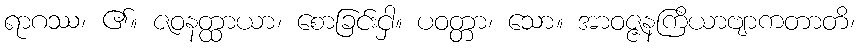
ရာဂဿ၊ ၏။ ဇဝနတ္ထာယာ၊ စောခြင်းငှါ။ ပဝတ္တာ၊ သော။ အာဝဇ္ဇနကြိယာဗျာကတာတိ၊